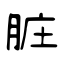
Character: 脏